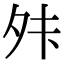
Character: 𫝣